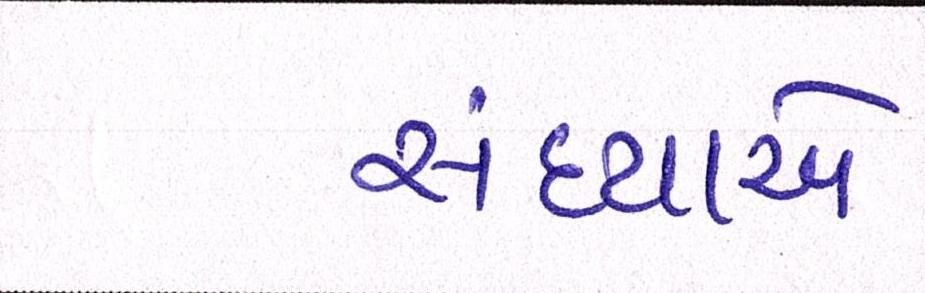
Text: સંધ્યાએ